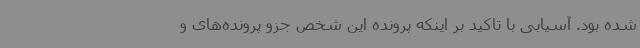
شده بود. آسیابی با تاکید بر اینکه پرونده این شخص جزو پرونده‌های و